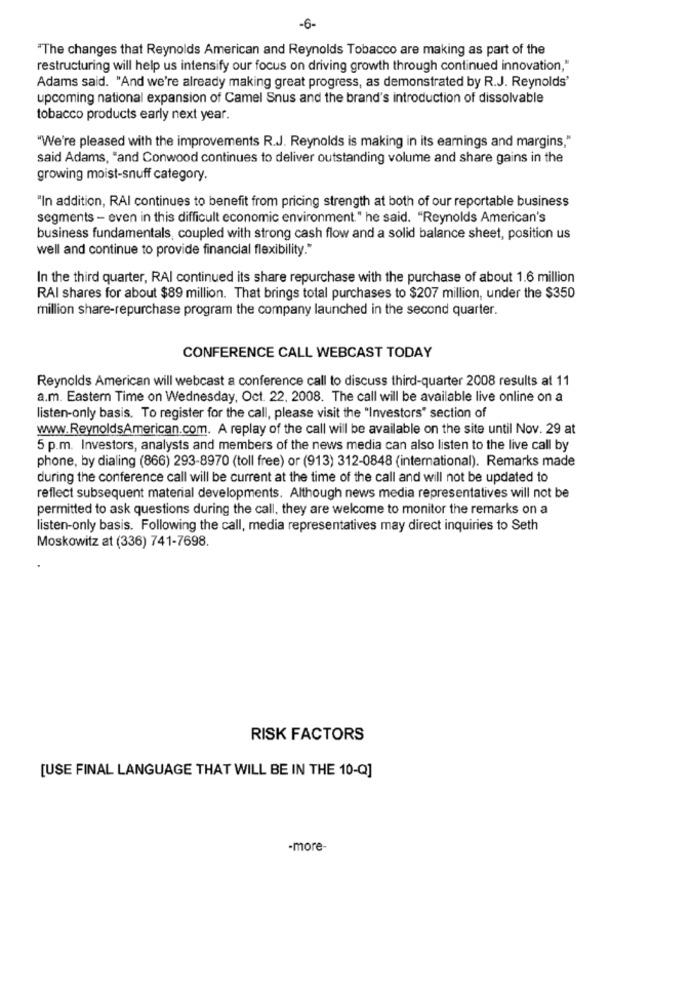
-6-
"The changes that Reynolds American and Reynolds Tobacco are making as part of the
restructuring will help us intensify our focus on driving growth through continued innovation,"
Adams said. "And we're already making great progress, as demonstrated by R.J. Reynolds'
upcoming national expansion of Camel Snus and the brand's introduction of dissolvable
tobacco products early next year.
"We're pleased with the improvements R.J. Reynolds is making in its earnings and margins,"
said Adams, "and Conwood continues to deliver outstanding volume and share gains in the
growing moist-snuff category.
"In addition, RAI continues to benefit from pricing strength at both of our reportable business
segments - even in this difficult economic environment." he said. "Reynolds American's
business fundamentals, coupled with strong cash flow and a solid balance sheet, position us
well and continue to provide financial flexibility."
In the third quarter, RAI continued its share repurchase with the purchase of about 1.6 million
RAI shares for about $89 million. That brings total purchases to $207 million, under the $350
million share-repurchase program the company launched in the second quarter.
CONFERENCE CALL WEBCAST TODAY
Reynolds American will webcast a conference call to discuss third-quarter 2008 results at 11
a.m. Eastern Time on Wednesday, Oct. 22, 2008. The call will be available live online on a
listen-only basis. To register for the call, please visit the "Investors" section of
www.ReynoldsAmerican.com. A replay of the call will be available on the site until Nov. 29 at
5 p.m. Investors, analysts and members of the news media can also listen to the live call by
phone, by dialing (866) 293-8970 (toll free) or (913) 312-0848 (international). Remarks made
during the conference call will be current at the time of the call and will not be updated to
reflect subsequent material developments. Although news media representatives will not be
permitted to ask questions during the call, they are welcome to monitor the remarks on a
listen-only basis. Following the call, media representatives may direct inquiries to Seth
Moskowitz at (336) 741-7698.
RISK FACTORS
[USE FINAL LANGUAGE THAT WILL BE IN THE 10-Q]
-more-